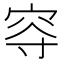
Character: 𡨙